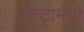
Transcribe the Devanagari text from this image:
अल्ट्रामेगा